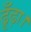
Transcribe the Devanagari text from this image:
ढूँढ़ा।